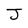
Character: J